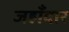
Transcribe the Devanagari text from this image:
जहाँदार